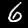
Label: 6